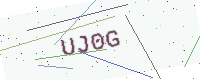
Text: UJ0G